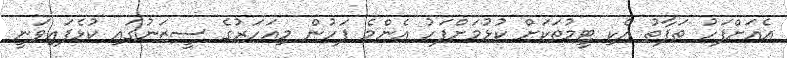
އެއަށްފަހު ތަފާތު އެކި ޓީމުތަކަށް ކުޅުމަށްފަހު އެންމެ ފަހުން މިއަހަރުގެ ސީޒަނުގައި ކުޅެފައިވަނީ